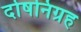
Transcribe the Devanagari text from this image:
दोषनिग्रह